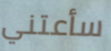
سأعتني